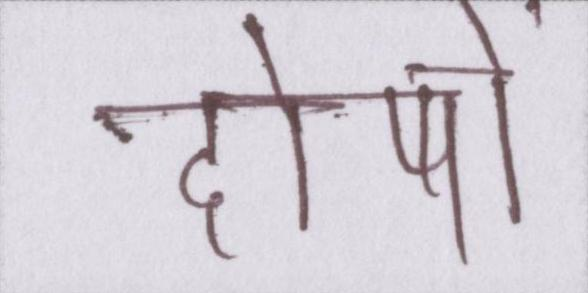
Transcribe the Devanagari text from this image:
दोषों